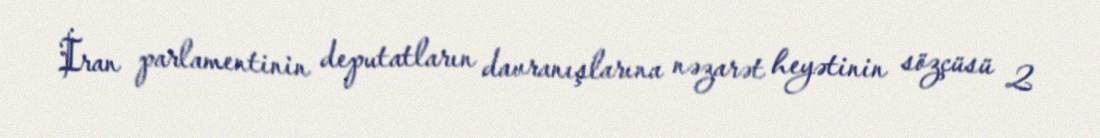
İran parlamentinin deputatların davranışlarına nəzarət heyətinin sözçüsü 2